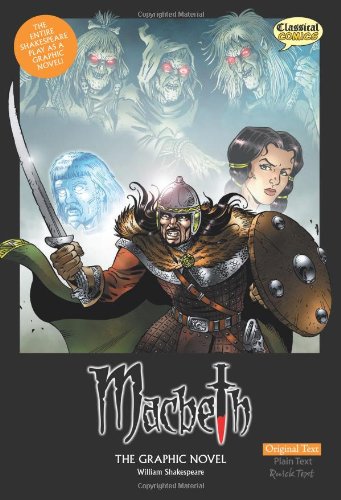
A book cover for Macbeth: The Graphic Novel (American English, Original Text Edition) (Classical Comics); William Shakespeare; Teen & Young Adult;